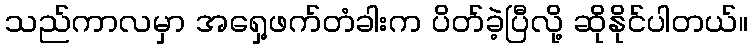
သည်ကာလမှာ အရှေ့ဖက်တံခါးက ပိတ်ခဲ့ပြီလို့ ဆိုနိုင်ပါတယ်။